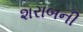
શરાબની